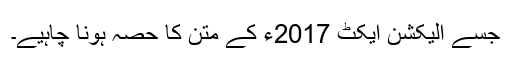
جسے الیکشن ایکٹ 2017ء کے متن کا حصہ ہونا چاہیے۔